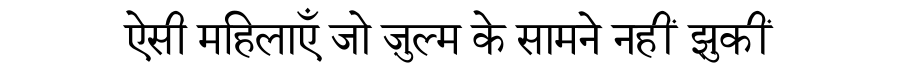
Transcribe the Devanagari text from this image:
ऐसी महिलाएँ जो ज़ुल्म के सामने नहीं झुकीं